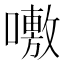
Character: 𭋝